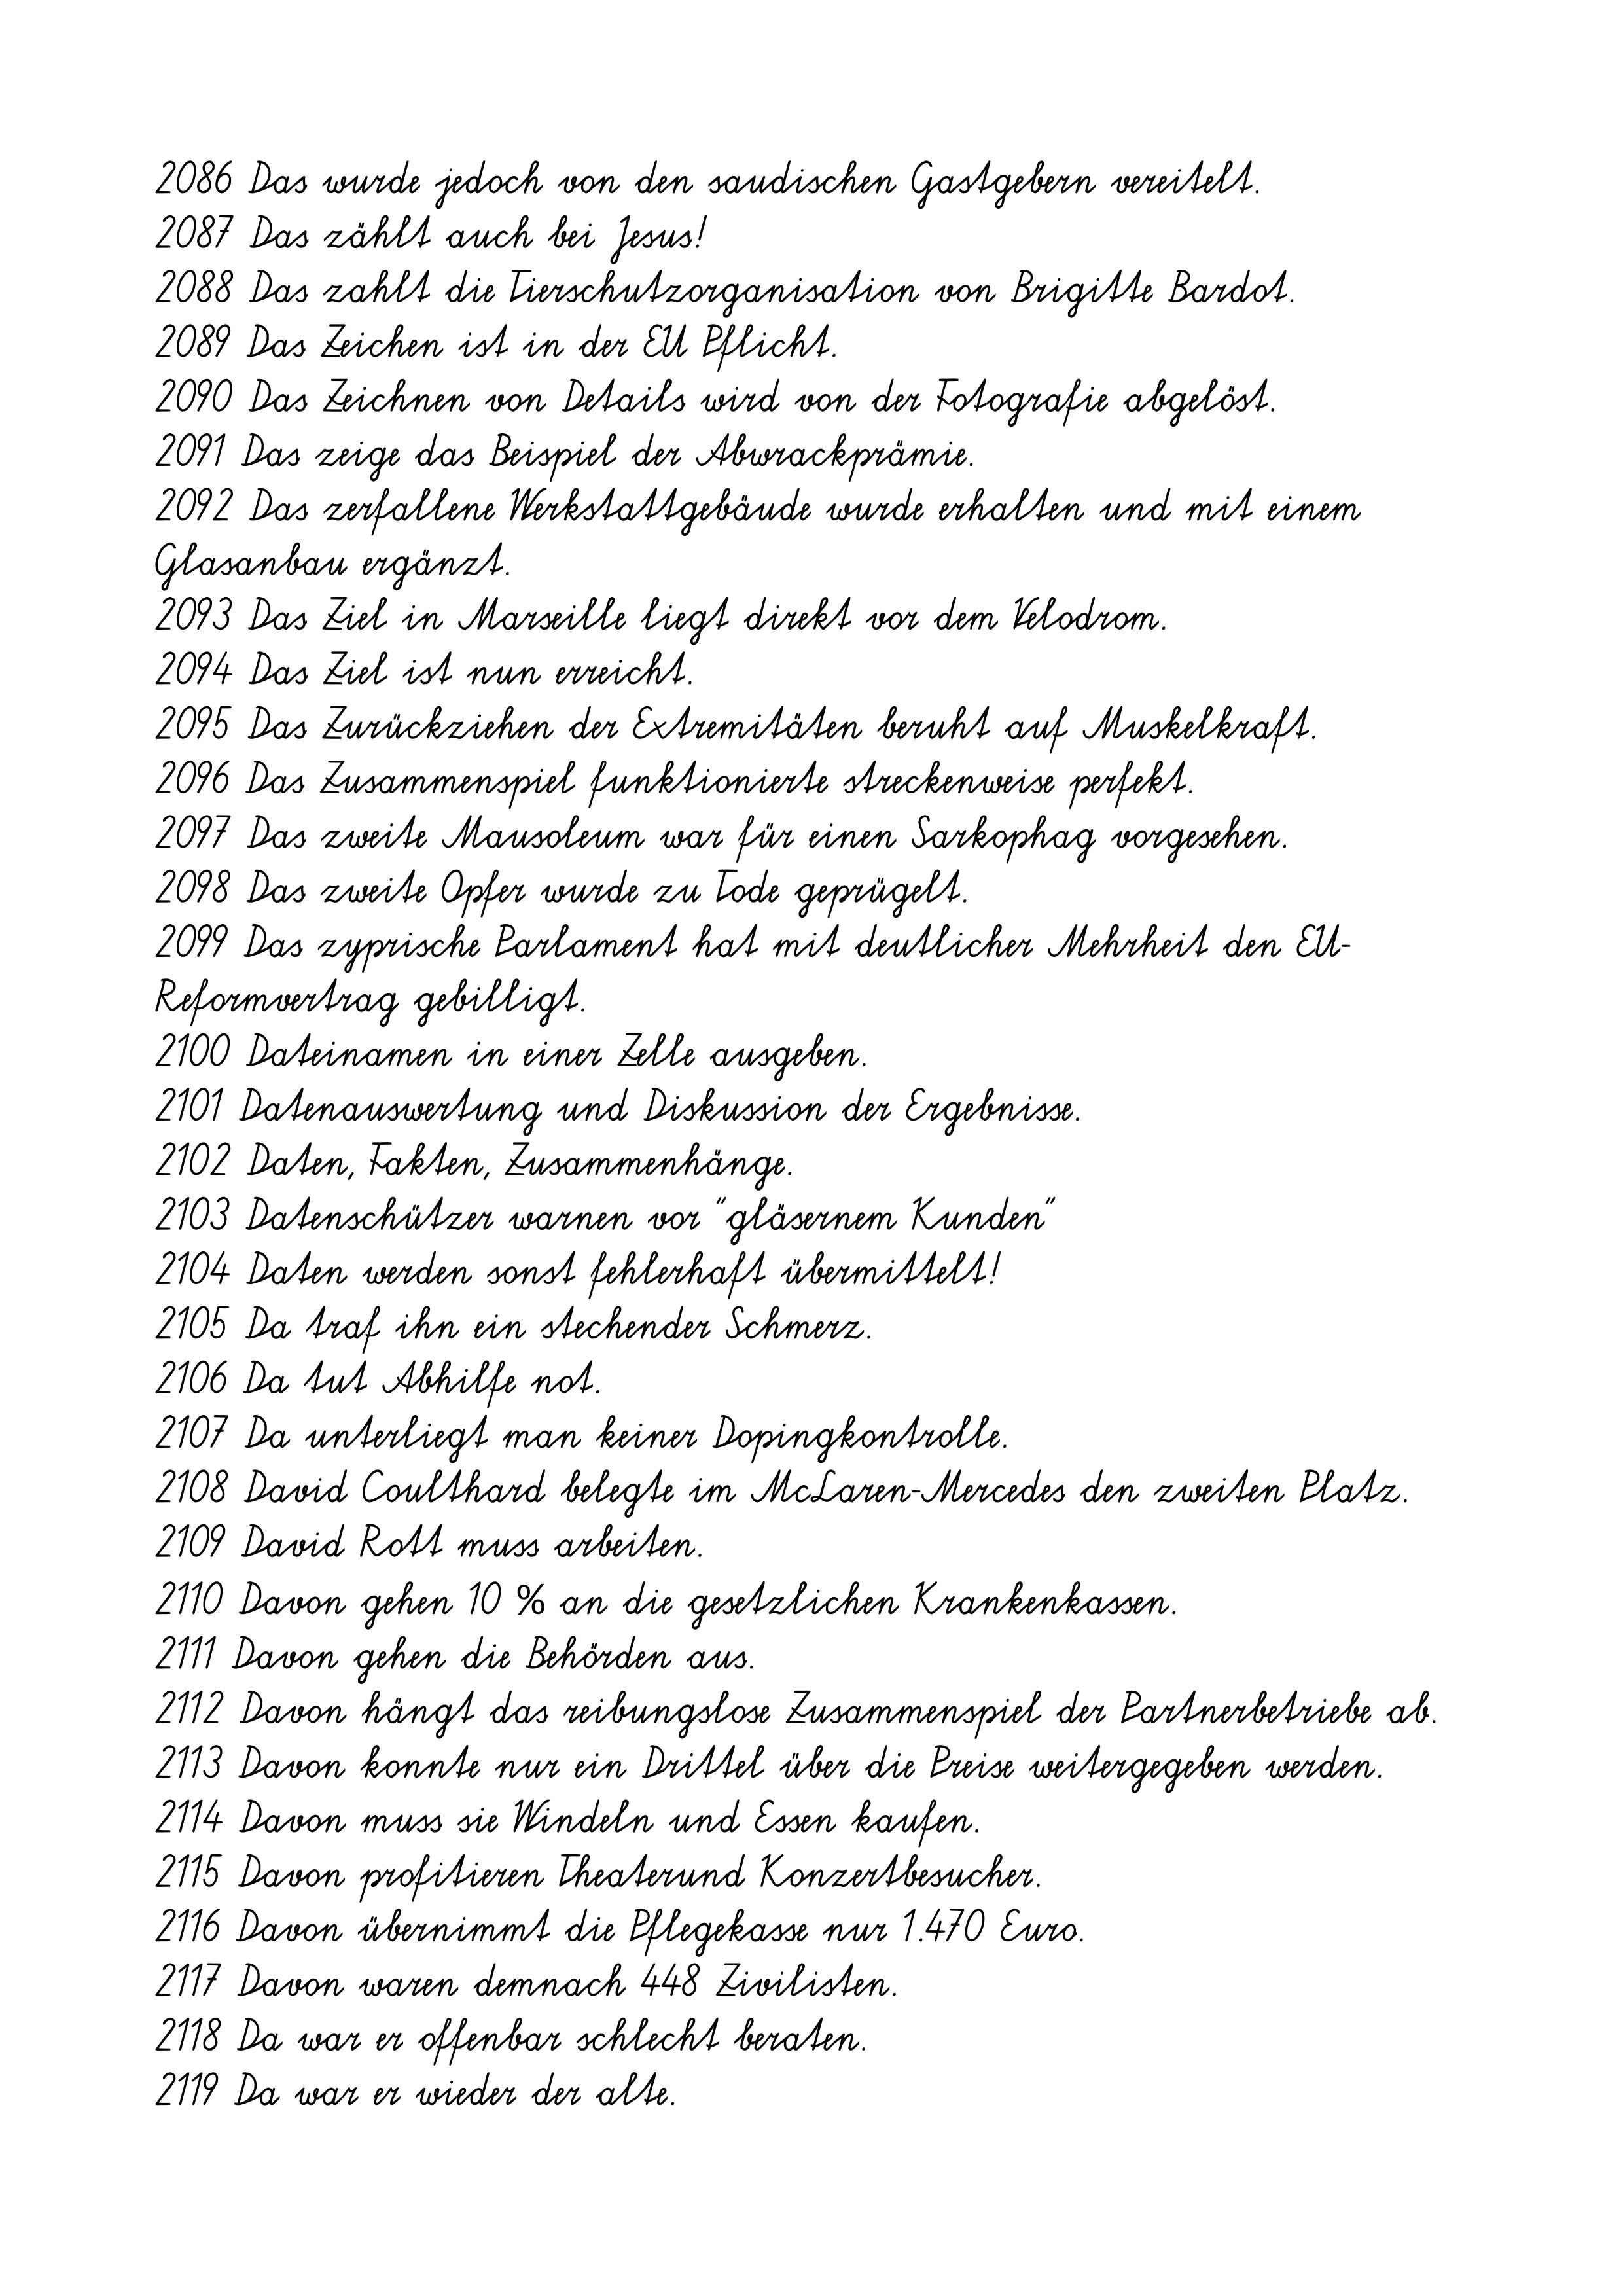
2086 Das wurde jedoch von den saudischen Gastgebern vereitelt.
2087 Das zählt auch bei Jesus!
2088 Das zahlt die Tierschutzorganisation von Brigitte Bardot.
2089 Das Zeichen ist in der EU Pflicht.
2090 Das Zeichnen von Details wird von der Fotografie abgelöst.
2091 Das zeige das Beispiel der Abwrackprämie.
2092 Das zerfallene Werkstattgebäude wurde erhalten und mit einem
Glasanbau ergänzt.
2093 Das Ziel in Marseille liegt direkt vor dem Velodrom.
2094 Das Ziel ist nun erreicht.
2095 Das Zurückziehen der Extremitäten beruht auf Muskelkraft.
2096 Das Zusammenspiel funktionierte streckenweise perfekt.
2097 Das zweite Mausoleum war für einen Sarkophag vorgesehen.
2098 Das zweite Opfer wurde zu Tode geprügelt.
2099 Das zyprische Parlament hat mit deutlicher Mehrheit den EU-
Reformvertrag gebilligt.
2100 Dateinamen in einer Zelle ausgeben.
2101 Datenauswertung und Diskussion der Ergebnisse.
2102 Daten, Fakten, Zusammenhänge.
2103 Datenschützer warnen vor "gläsernem Kunden"
2104 Daten werden sonst fehlerhaft übermittelt!
2105 Da traf ihn ein stechender Schmerz.
2106 Da tut Abhilfe not.
2107 Da unterliegt man keiner Dopingkontrolle.
2108 David Coulthard belegte im McLaren-Mercedes den zweiten Platz.
2109 David Rott muss arbeiten.
2110 Davon gehen 10 % an die gesetzlichen Krankenkassen.
2111 Davon gehen die Behörden aus.
2112 Davon hängt das reibungslose Zusammenspiel der Partnerbetriebe ab.
2113 Davon konnte nur ein Drittel über die Preise weitergegeben werden.
2114 Davon muss sie Windeln und Essen kaufen.
2115 Davon profitieren Theaterund Konzertbesucher.
2116 Davon übernimmt die Pflegekasse nur 1.470 Euro.
2117 Davon waren demnach 448 Zivilisten.
2118 Da war er offenbar schlecht beraten.
2119 Da war er wieder der alte.